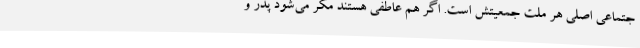
جتماعی اصلی هر ملت جمعیتش است. اگر هم عاطفی هستند مگر می‌شود پدر و